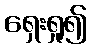
ရှေးရှု၍